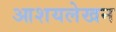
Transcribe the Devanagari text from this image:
आशयलेखन